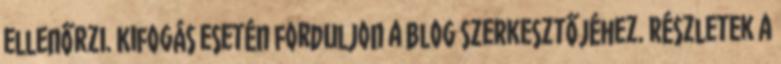
ellenőrzi. Kifogás esetén forduljon a blog szerkesztőjéhez. Részletek a